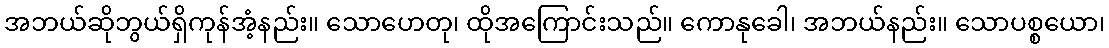
အဘယ်ဆိုဘွယ်ရှိကုန်အံ့နည်း။ သောဟေတု၊ ထိုအကြောင်းသည်။ ကောနုခေါ၊ အဘယ်နည်း။ သောပစ္စယော၊